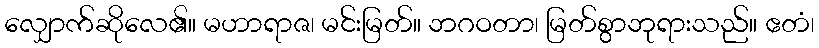
လျှောက်ဆိုလေ၏။ မဟာရာဇ၊ မင်းမြတ်။ ဘဂဝတာ၊ မြတ်စွာဘုရားသည်။ ဧတံ၊